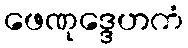
ဖေဏုဒ္ဒေဟကံ